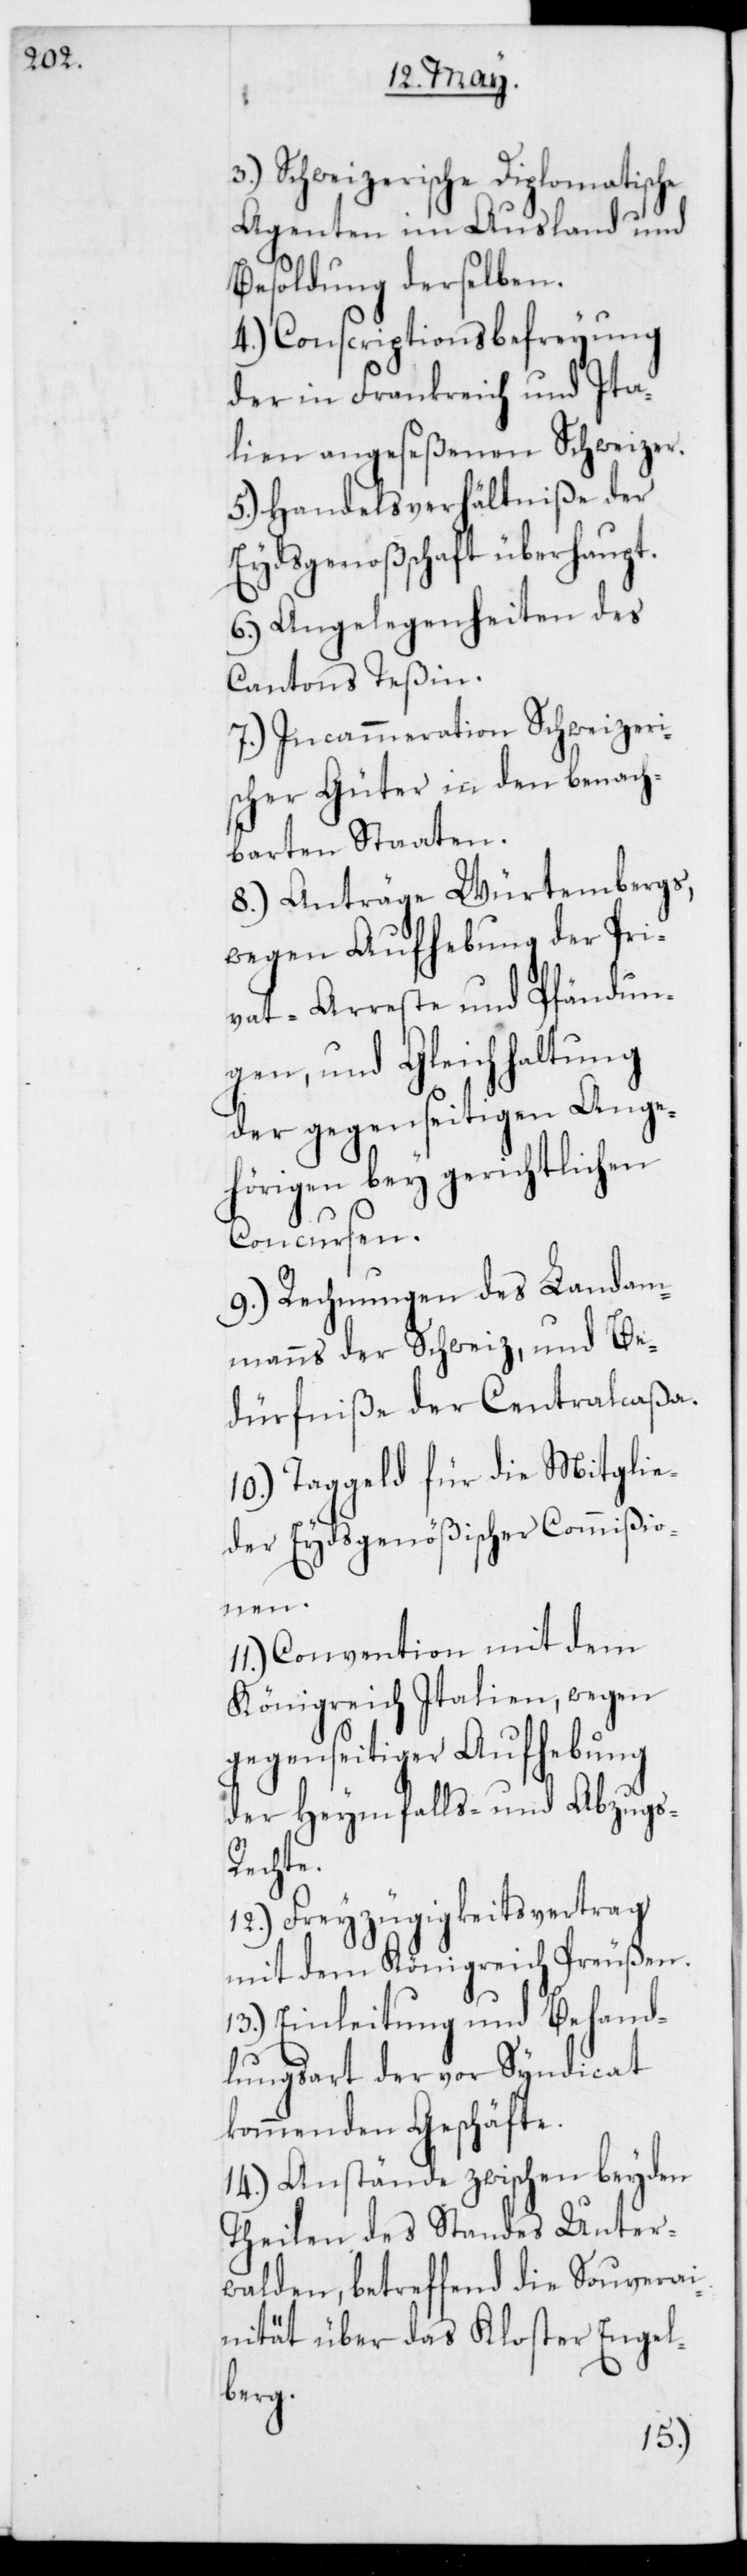
3.) Schweizerische Diplomatische
Agenten im Ausland und
Besoldung derselben.
4.) Conscriptionsbefreyung
der in Frankreich und Ita¬
lien angeseßenen Schweizer.
5.) Handelsverhältniße der
Eydsgenoßschaft überhaupt.
6.) Angelegenheiten des
Cantons Teßin.
7.) Incammeration Schweizeri¬
scher Güter in den benac¬
hbarten Staaten.
8.) Anträge
z,
wegen Aufh¬
vat-Arreste un¬
gen, und Gleichhal¬
die Mitglie¬
ehörigen bey gericht¬
Concursen.
9.) Rechnungen des L¬
mmanns der Schwei¬
dürfniße der Cen¬
10.) Taggeld für
der Eydsgenößischer
hebung
11.) Convention mit
wegen
Königreich Italien,
tral¬
gegenseitiger Auf¬
der Heymfalls- und Abzugs-R¬
echte.
12.) Freyzügigkeitsvertrag
mit dem Königreich Preußen.
13.) Einleitung und Behand¬
lungsart der vor Syndicat
kommenden Geschäfte.
14.) Anstände zwischen beyden
Theilen des Standes Unter¬
walden, betreffend die Souverai¬
nität über das Kloster Engel¬
berg.
caßa.